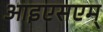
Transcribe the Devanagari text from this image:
आइएसएम्